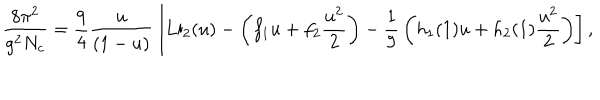
LaTeX: { \frac { 8 \pi ^ { 2 } } { g ^ { 2 } N _ { c } } } = { \frac { 9 } { 4 } } { \frac { u } { ( 1 - u ) } } \left[ \mathrm { L i } _ { 2 } ( u ) - \left( f _ { 1 } u + f _ { 2 } { \frac { u ^ { 2 } } { 2 } } \right) - { \frac { 1 } { 9 } } \left( h _ { 1 } ( 1 ) u + h _ { 2 } ( 1 ) { \frac { u ^ { 2 } } { 2 } } \right) \right] ,